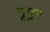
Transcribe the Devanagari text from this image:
नृपुर